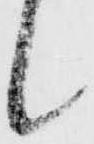
候